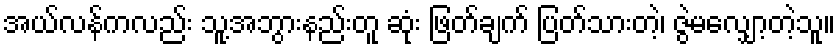
အယ်လန်ကလည်း သူ့အဘွားနည်းတူ ဆုံး ဖြတ်ချက် ပြတ်သားတဲ့၊ ဇွဲမလျှော့တဲ့သူ။